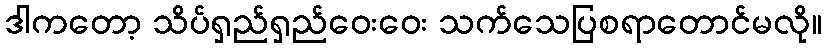
ဒါကတော့ သိပ်ရှည်ရှည်ဝေးဝေး သက်သေပြစရာတောင်မလို။